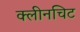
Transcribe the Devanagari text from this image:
क्लीनचिट